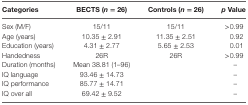
<table><thead><tr><td><b>Categories</b></td><td><b>BECTS (<i>n</i> = 26)</b></td><td><b>Controls (<i>n</i> = 26)</b></td><td><b><i>p</i> Value</b></td></tr></thead><tbody><tr><td>Sex (M/F)</td><td>15/11</td><td>15/11</td><td>&gt;0.99</td></tr><tr><td>Age (years)</td><td>10.35 ± 2.91</td><td>11.35 ± 2.51</td><td>0.92</td></tr><tr><td>Education (years)</td><td>4.31 ± 2.77</td><td>5.65 ± 2.53</td><td>0.01</td></tr><tr><td>Handedness</td><td>26R</td><td>26R</td><td>&gt;0.99</td></tr><tr><td>Duration (months)</td><td>Mean 38.81 (1–96)</td><td></td><td>–</td></tr><tr><td>IQ language</td><td>93.46 ± 14.73</td><td></td><td>–</td></tr><tr><td>IQ performance</td><td>85.77 ± 14.71</td><td></td><td>–</td></tr><tr><td>IQ over all</td><td>69.42 ± 9.52</td><td></td><td>–</td></tr></tbody></table>